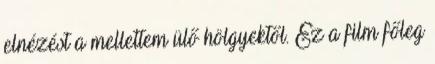
elnézést a mellettem ülő hölgyektől. Ez a film főleg